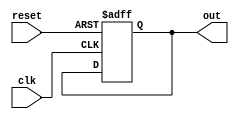
module async_reset (
    input wire clk,       // Clock signal
    input wire reset,     // Asynchronous reset signal
    output reg out        // Output signal
);

// Define the reset value for the output
parameter RESET_VALUE = 1'b0;

always @(posedge clk or posedge reset) begin
    if (reset) begin
        out <= RESET_VALUE; // Set output to reset value immediately
    end else begin
        // Normal operation: Update output based on your logic
        // For example, you can define a condition to update the output.
        // This is just a placeholder for your logic.
        // out <= ...; // Your logic here
    end
end

endmodule